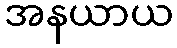
အနယာယ